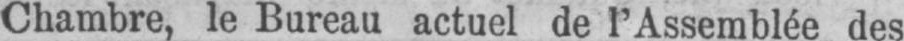
Chambre, le Bureau actuel de l’Assemblée des